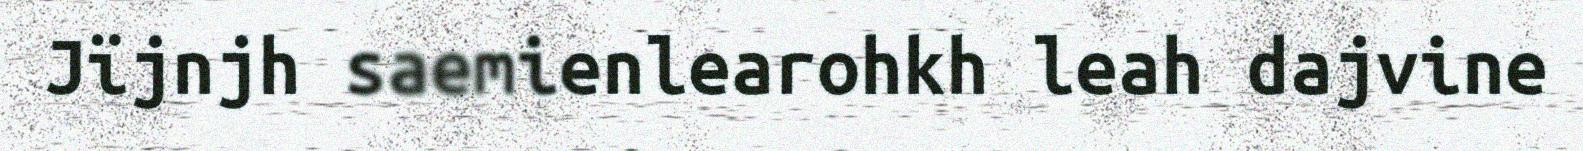
Jïjnjh saemienlearohkh leah dajvine